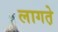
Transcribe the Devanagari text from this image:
लागत़े